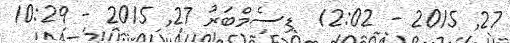
27